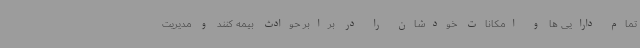
تمام دارایی ها و امکانات خودشان را در برابر حوادث بیمه کنند و مدیریت